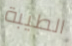
الطيبة